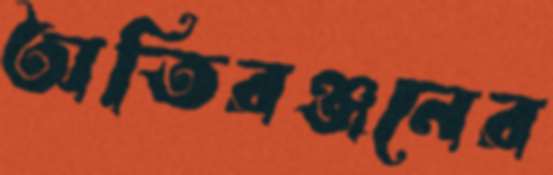
অতিরঞ্জনের